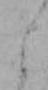
よ